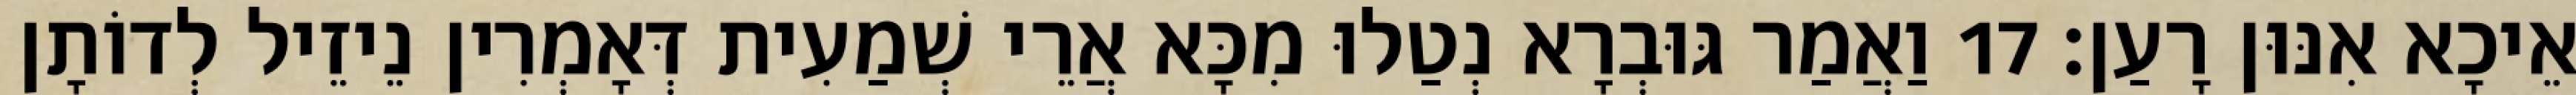
אֵיכָא אִנּוּן רָעַן׃ 17 וַאֲמַר גּוּבְרָא נְטַלוּ מִכָּא אֲרֵי שְׁמַעִית דְּאָמְרִין נֵיזֵיל לְדוֹתָן